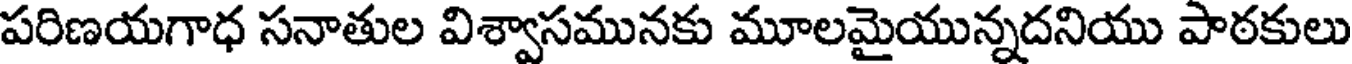
పరిణయగాధ సనాతుల విశ్వాసమునకు మూలమైయున్నదనియు పాఠకులు